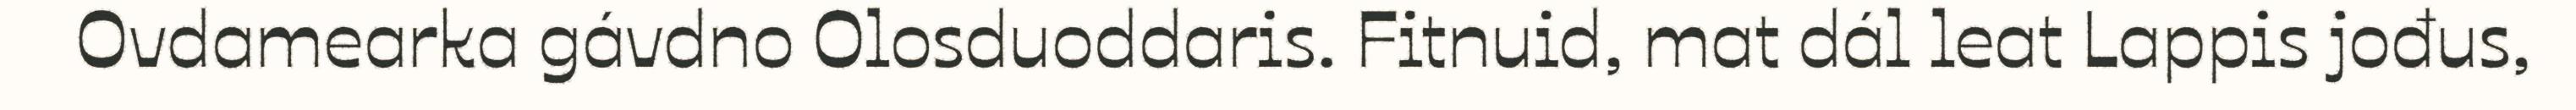
Ovdamearka gávdno Olosduoddaris. Fitnuid, mat dál leat Lappis jođus,